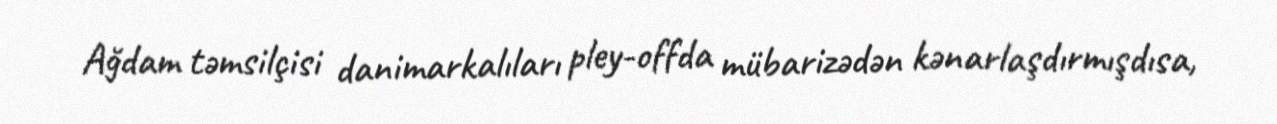
Ağdam təmsilçisi danimarkalıları pley-offda mübarizədən kənarlaşdırmışdısa,